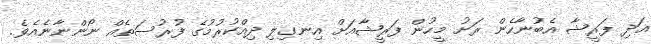
އަދި ފަރީޝާ އެބުނާހެން ރަށު މީހުން ފަރީޝާއަށް އިނގިލި ދިއްކުރުމުގެ ފުރުސަތެއް ނޯންނާނެއެވެ.